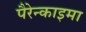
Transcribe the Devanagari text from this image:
पैरेन्काइमा